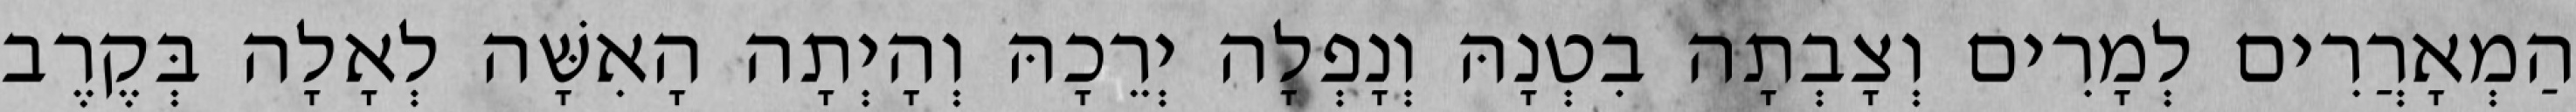
הַמְאָרֲרִים לְמָרִים וְצָבְתָה בִטְנָהּ וְנָפְלָה יְרֵכָהּ וְהָיְתָה הָאִשָּׁה לְאָלָה בְּקֶרֶב